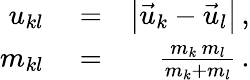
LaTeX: \begin{array}{rlr}{u_{kl}}&{{}=}&{\left|\vec{u}_{k}-\vec{u}_{l}\right|\, ,}\\ {m_{kl}}&{{}=}&{\frac{m_{k}\, m_{l}}{m_{k}+m_{l}}\, .}\end{array}